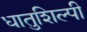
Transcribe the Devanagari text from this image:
धातुशिल्पी